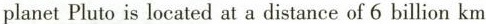
planet Pluto is located at a distance of 6 billion km